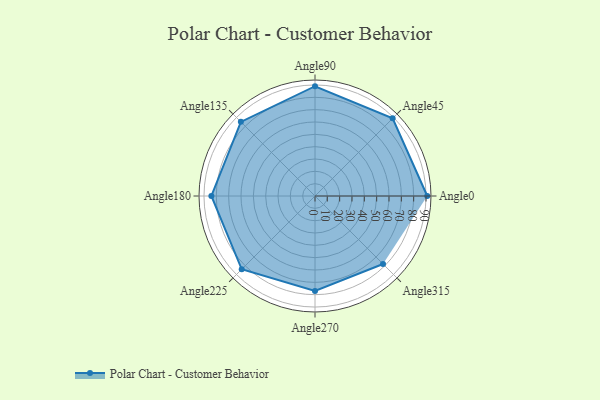
{"axis": {"x": "Angle", "y": "Radius"}, "legend": [""], "data": [{"x": "Angle0", "y": 91.0, "type": ""}, {"x": "Angle45", "y": 89.0, "type": ""}, {"x": "Angle90", "y": 89.0, "type": ""}, {"x": "Angle135", "y": 85.0, "type": ""}, {"x": "Angle180", "y": 84.0, "type": ""}, {"x": "Angle225", "y": 84.0, "type": ""}, {"x": "Angle270", "y": 77.0, "type": ""}, {"x": "Angle315", "y": 78.0, "type": ""}]}